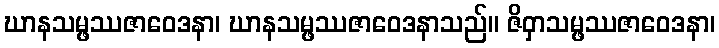
ဃာနသမ္ဖဿဇာဝေဒနာ၊ ဃာနသမ္ဖဿဇာဝေဒနာသည်။ ဇိဝှာသမ္ဖဿဇာဝေဒနာ၊